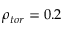
\rho _ { t o r } = 0 . 2